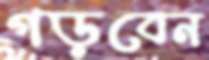
গড়বেন